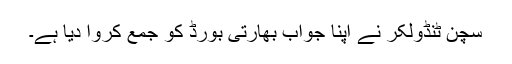
سچن ٹنڈولکر نے اپنا جواب بھارتی بورڈ کو جمع کروا دیا ہے۔